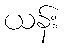
ယန်း